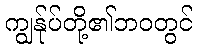
ကျွန်ုပ်တို့၏ဘဝတွင်